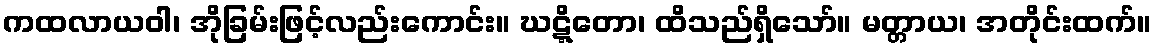
ကထလာယဝါ၊ အိုခြမ်းဖြင့်လည်းကောင်း။ ဃဋ္ဋိတော၊ ထိသည်ရှိသော်။ မတ္တာယ၊ အတိုင်းထက်။